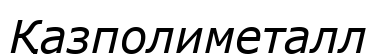
Қазполиметалл